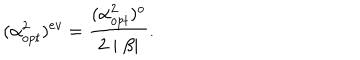
( \alpha _ { o p t } ^ { 2 } ) ^ { e v } = \frac { ( \alpha _ { o p t } ^ { 2 } ) ^ { o } } { 2 \mid \beta \mid } .